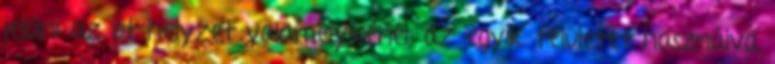
jelölni az öt helyzet valamelyikénél, az egyik felületet használva